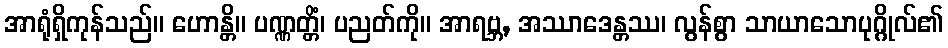
အာရုံရှိကုန်သည်။ ဟောန္တိ။ ပဏ္ဏတ္တိံ၊ ပညတ်ကို။ အာရဗ္ဘ, အဿာဒေန္တဿ၊ လွန်စွာ သာယာသောပုဂ္ဂိုလ်၏